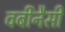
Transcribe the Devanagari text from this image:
वर्बीनैसी